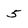
Character: 5